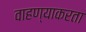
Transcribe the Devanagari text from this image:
वाहण्याकरता